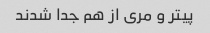
پیتر و مری از هم جدا شدند